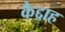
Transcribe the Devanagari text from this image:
कैद्दाह